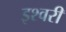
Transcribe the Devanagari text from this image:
इश्वरी